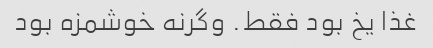
غذا یخ بود فقط. وگرنه خوشمزه بود